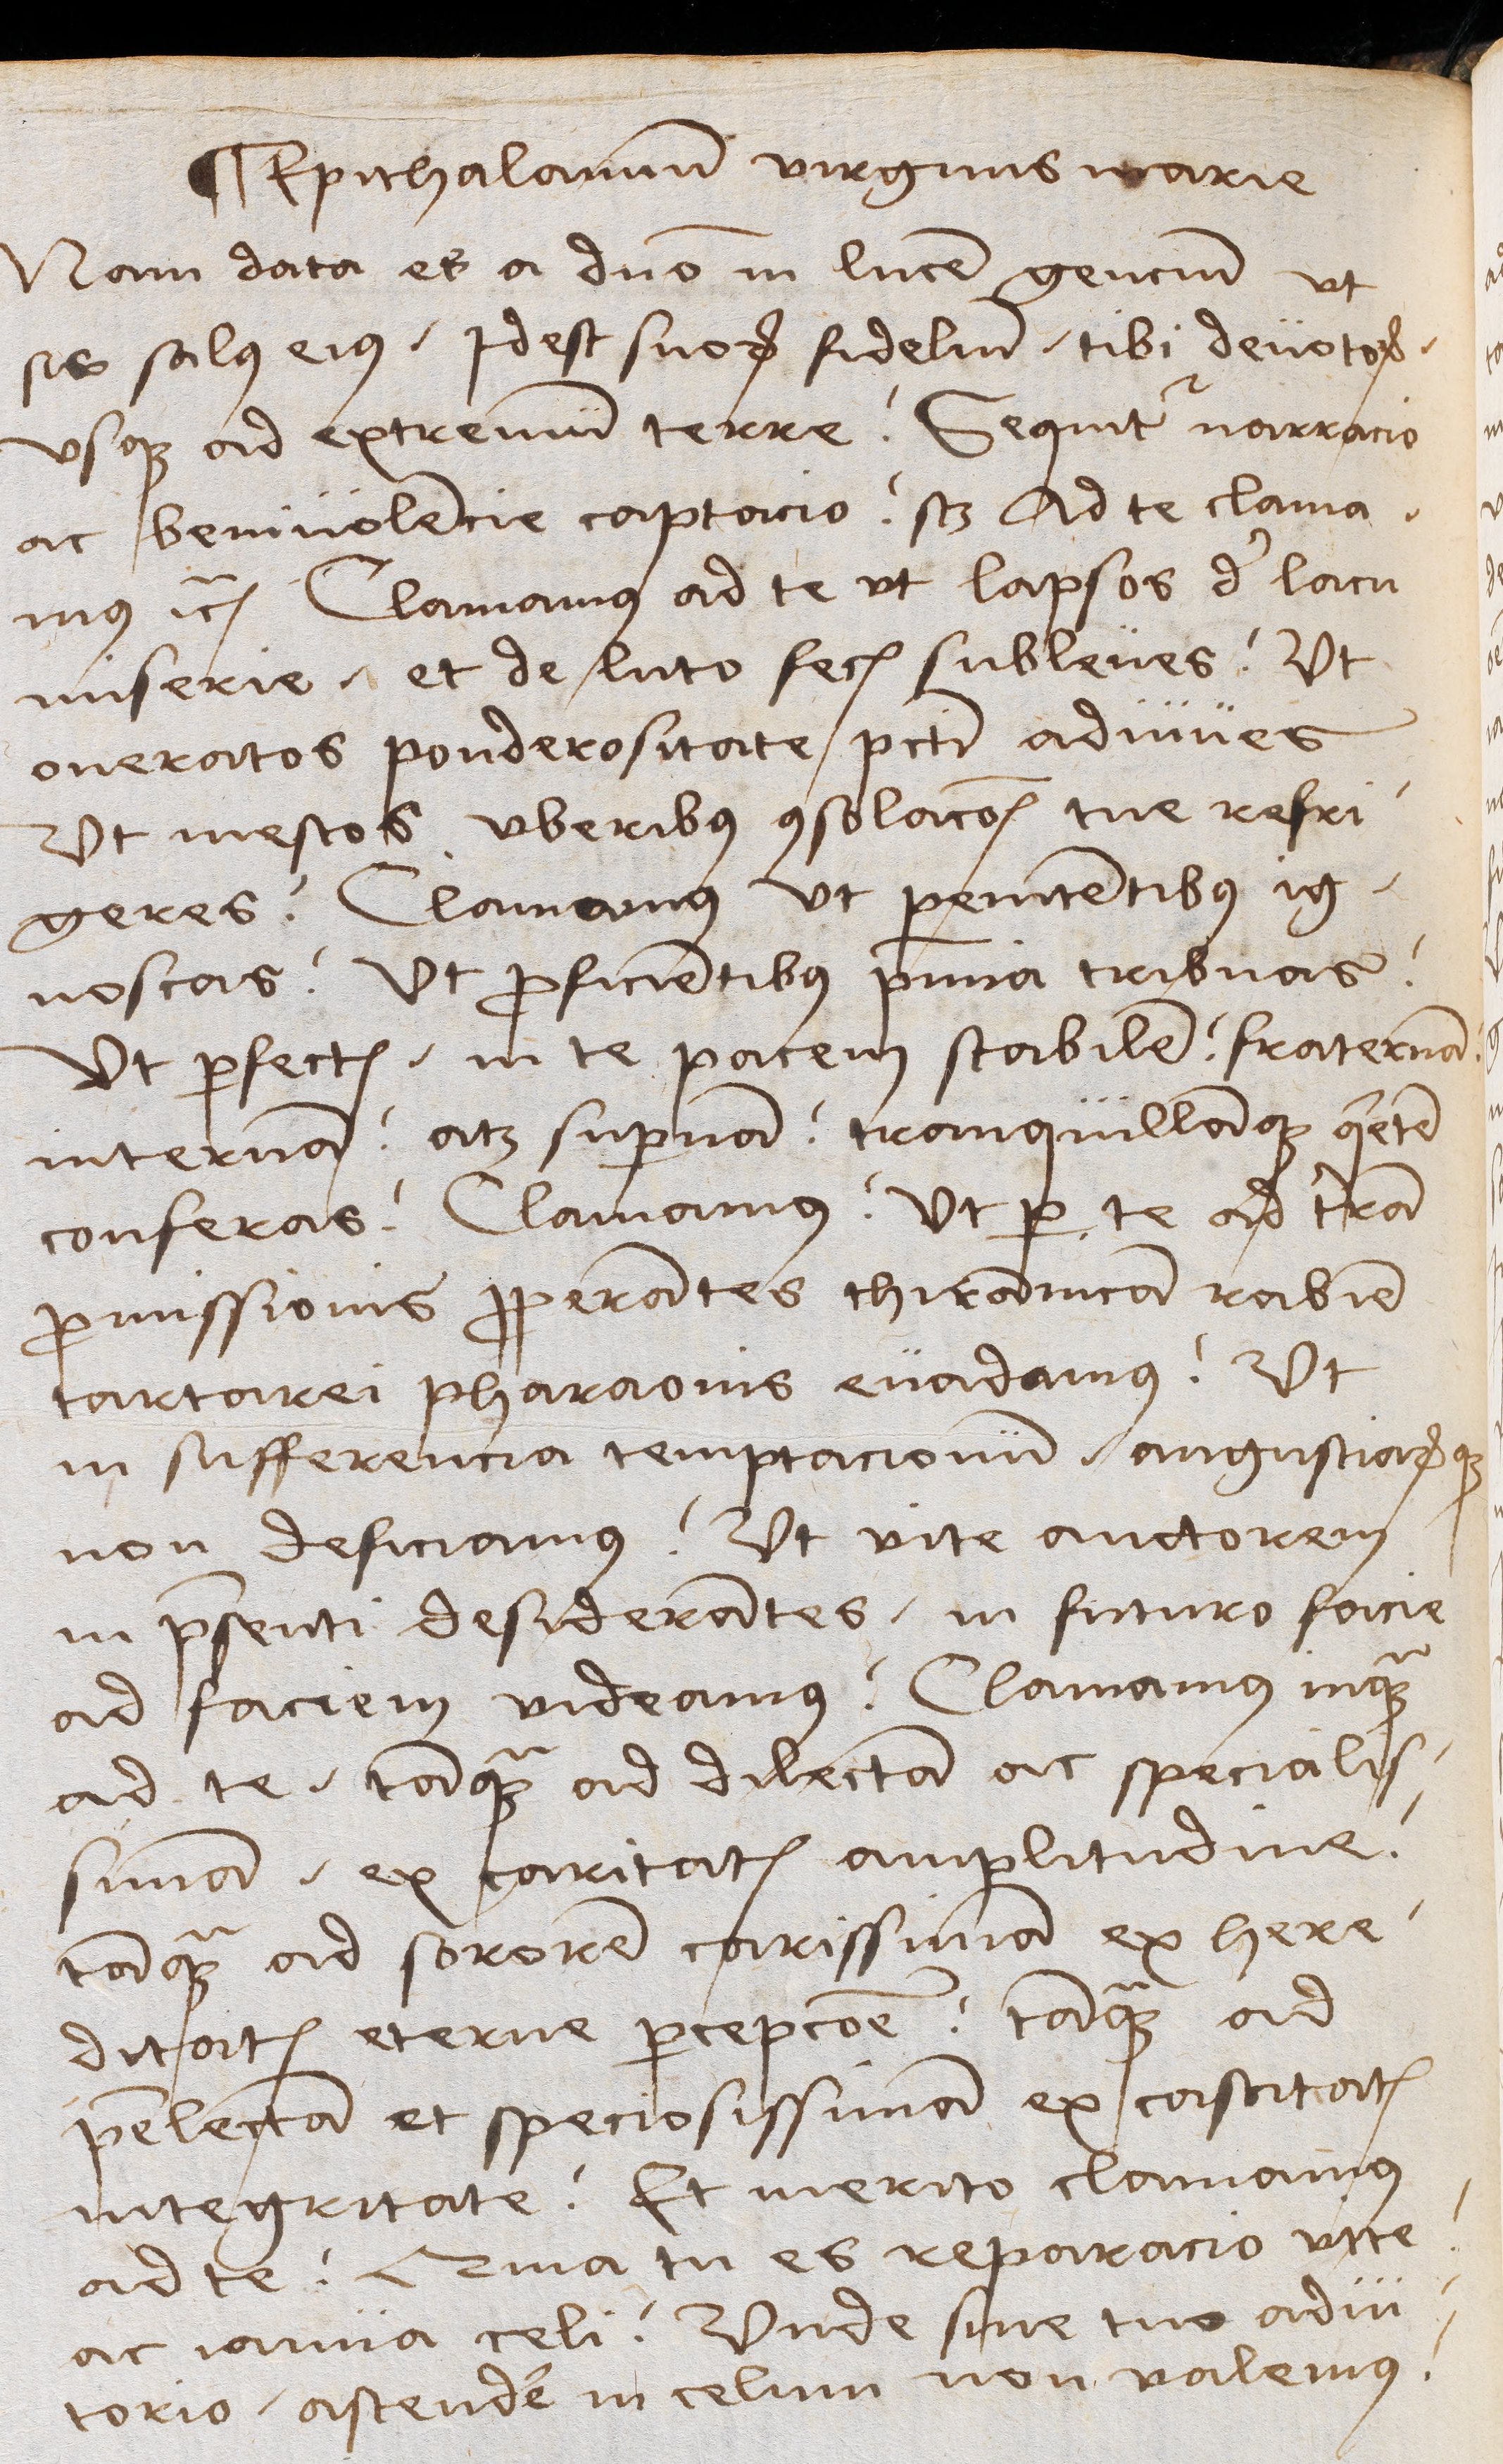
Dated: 1489–1489